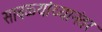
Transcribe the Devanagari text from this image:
साबळ्यांच्यानंतर